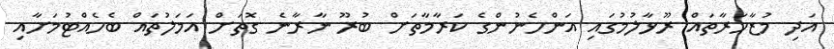
އަދި މުޒާހަރާތައް ރޫޅާލުމުގައި އަންހެނުންގެ ކަރާމާތަށް ބުރޫ ނާރާނެ ގޮތަށް އަމަލުތައް ބެހެއްޓުމަށާއި